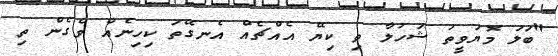
"ބަލަ މޮޔަވީތަ ޝަހުލާ ތި ކިޔޭ އެއްޗެއް އެނގޭތަ ކިހިނެއް ވެގެން ތި